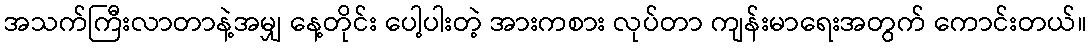
အသက်ကြီးလာတာနဲ့အမျှ နေ့တိုင်း ပေါ့ပါးတဲ့ အားကစား လုပ်တာ ကျန်းမာရေးအတွက် ကောင်းတယ်။